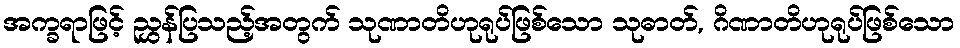
အက္ခရာဖြင့် ညွှန်ပြသည့်အတွက် သုဏာတိဟုရုပ်ဖြစ်သော သုဓာတ်, ဂိဏာတိဟုရုပ်ဖြစ်သော